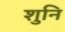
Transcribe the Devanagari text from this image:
शुनि